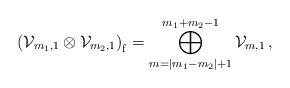
LaTeX: \begin{align*} \left({\cal V}_{m_1,1}\otimes{\cal V}_{m_2,1}\right)_{\mathrm f} = \bigoplus_{m=|m_1-m_2|+1}^{m_1+m_2-1} {\cal V}_{m,1} \,,\end{align*}